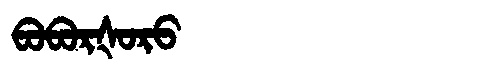
Manchu: ᠪᠣᠪᠣᡵᡧᠣᡵᠣ
Romanization: BOBORŠORO